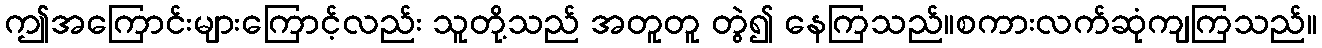
ဤအကြောင်းများကြောင့်လည်း သူတို့သည် အတူတူ တွဲ၍ နေကြသည်။စကားလက်ဆုံကျကြသည်။